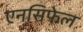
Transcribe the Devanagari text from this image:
एनसिफेल